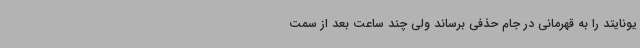
یونایتد را به قهرمانی در جام حذفی برساند ولی چند ساعت بعد از سمت